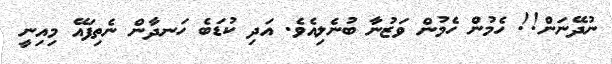
ނުދޭނަން!! ހެމުން ހެމުން ވަޒުނާ ބުނެލިއެވެ. އަދި ކުޑަބެ ހަނދާން ނެތިފައޭ މިއިނީ